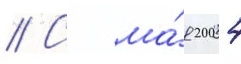
// С ма́я 2004